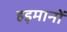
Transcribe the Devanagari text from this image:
हड़मानों